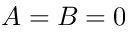
A = B = 0